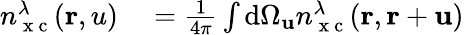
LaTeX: \begin{array}{rl}{n_{\mathrm{~x~c~}}^{\lambda}(\mathbf{r},u)}&{{}=\frac{1}{4\pi}\int\mathrm{d}\Omega_{\mathbf{u}}n_{\mathrm{~x~c~}}^{\lambda}(\mathbf{r},\mathbf{r}+\mathbf{u})}\end{array}